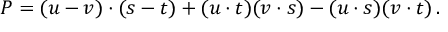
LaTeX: P = ( u - v ) \cdot ( s - t ) + ( u \cdot t ) ( v \cdot s ) - ( u \cdot s ) ( v \cdot t ) \, .